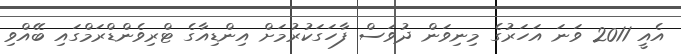
އެއީ 2011 ވަނަ އަހަރުގެ މިނިވަން ދުވަސް ފާހަގަކުރުމަށް އިންޑިއާގެ ޓްރިވެންޑްރަމްގައި ބޭއްވި